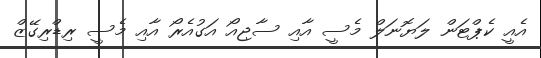
އެއީ ކެޕްޓަން ލަޔޮނަލް މެސީ އާއި ސާޖިއޯ އަގުއެރޯ އާއި މެސީ ރިޑްރިގޭޒް